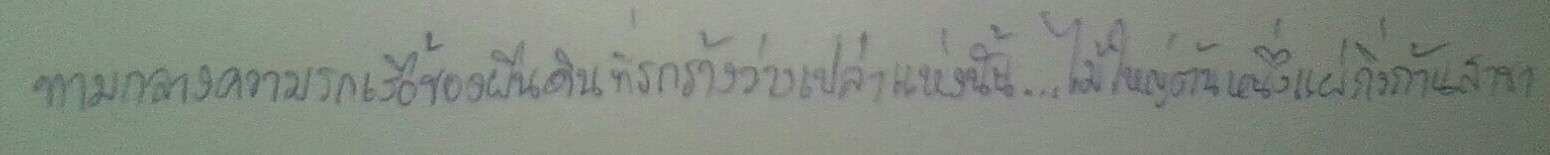
ท่ามกลางความรกเรื้อของผืนดินที่รกร้างว่างเปล่าแห่งนั้น...ไม้ใหญ่ต้นหนึ่งแผ่กิ่งก้านสาขา